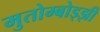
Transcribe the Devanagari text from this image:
मुतोम्बोड्झी